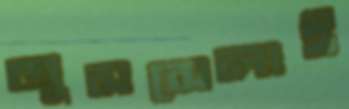
জুসসেলাই